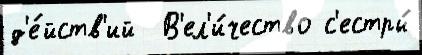
д'е́йств'ий  В'ел'и́чество с'естры́